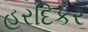
હરદિકર